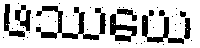
ဖဿယေ